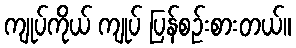
ကျုပ်ကိုယ် ကျုပ် ပြန်စဉ်းစားတယ်။